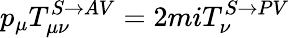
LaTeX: p_{\mu}T_{\mu\nu}^{S\rightarrow AV}=2miT_{\nu}^{S\rightarrow PV}